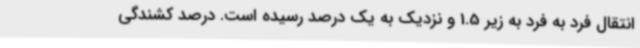
انتقال فرد به فرد به زیر 1.5 و نزدیک به یک درصد رسیده است. درصد کشندگی